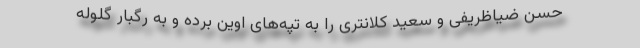
حسن ضیاظریفی و سعید كلانتری را به تپه‌های اوین برده و به رگبار گلوله